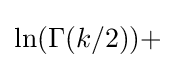
\ln(\Gamma (k/2))+